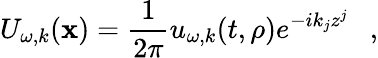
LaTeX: U_{\omega,k}(\mathbf{x})={\frac{{1}}{{2\pi}}}u_{\omega,k}(t,\rho)e^{-ik_{j}z^{j}}~~~,